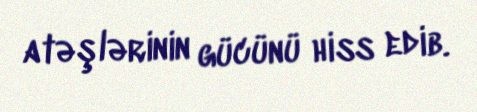
atəşlərinin gücünü hiss edib.